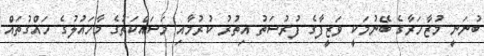
ބުނަނީ މުޒާހަރާގެ ބޭނުމަކީ ވަޒީފާގެ ފުރުސަތު އިތުރު ކުރުމާއި މަސައްކަތުގެ މާހައުލުގެ ހައްގުތައް